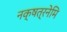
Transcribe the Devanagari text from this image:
नक्षत्रनेमि